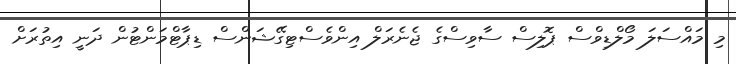
މި މައްސަލަ މޯލްޑިވްސް ޕޮލިސް ސާވިސްގެ ޖެނެރަލް އިންވެސްޓިގޭޝަންސް ޑިޕާޓްމަންޓުން ދަނީ އިތުރަށް